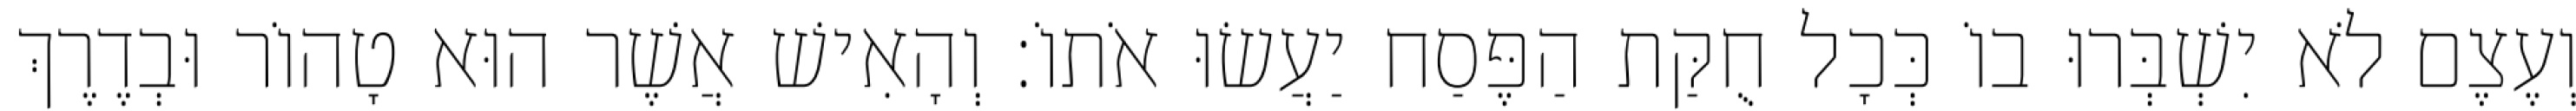
וְעֶצֶם לֹא יִשְׁבְּרוּ בוֹ כְּכָל חֻקַּת הַפֶּסַח יַעֲשׂוּ אֹתוֹ׃ וְהָאִישׁ אֲשֶׁר הוּא טָהוֹר וּבְדֶרֶךְ